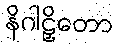
နိဂါဠှိတော